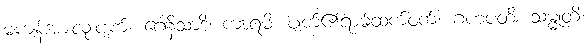
မကျန်အားလုံးပျက်။ ဂေါနိသာဒိ၊ ကာရံမိ၊ ပျက်၏ရာမ်ထက်ဝက်။ ဂဟပတိ၊ သမ္မုတိ၊